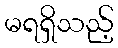
မရရှိသည့်